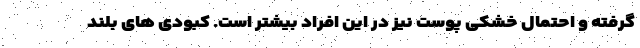
گرفته و احتمال خشکی پوست نیز در این افراد بیشتر است. کبودی های بلند